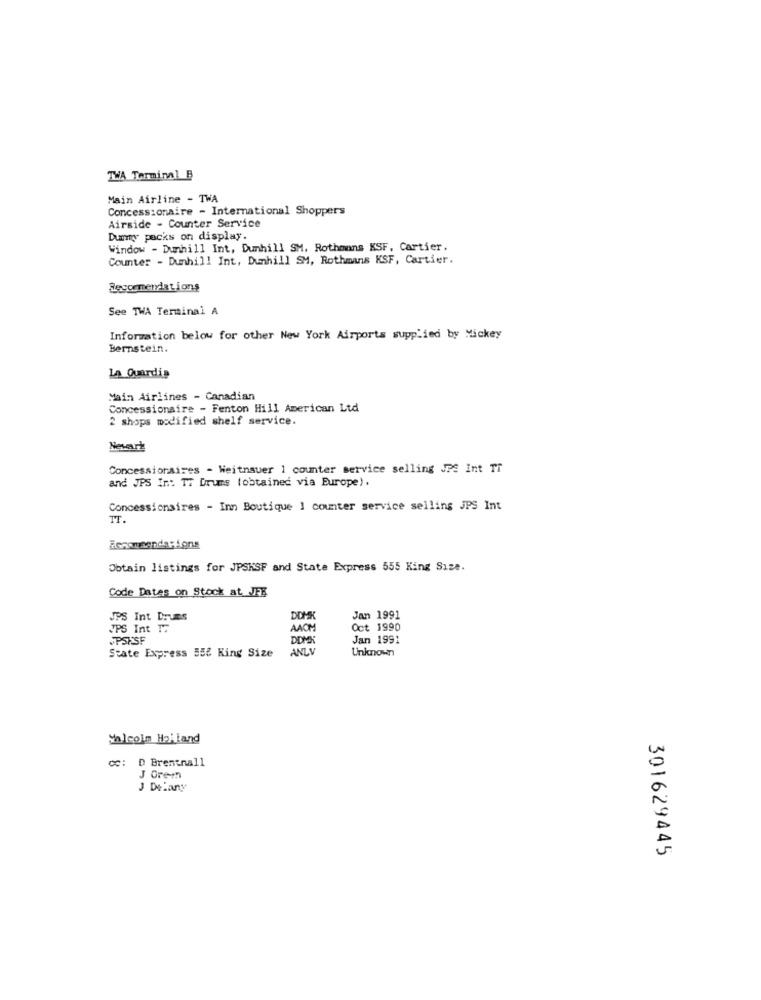
TWA Tarminnl B
Main Airline - TWA
Concessionaire - International Shoppers
Airside - Counter Service
Dummy packs on display.
Window - Dunhill Int, Dunhill SM, Rothmans KSF, Cartier.
Counter - Dunhill Int, Dunhill SM, Rothmans KSF, Cartier.
Recormerla Lions
See TWA Terminal A
Information below for other New York Airports supplied by Mickey
Bernstein.
La Guardia
Main Airlines - Canadian
Concessionaire - Fenton Hill American Ltd
2 shops modified shelf service.
Newark
Concessionaires - Weitnauer 1 counter service selling JPS Int Ti
and JPS Ir .: TT Drums (obtained via Europe).
Concessionaires - Inn Boutique 1 counter service selling JPS Int
IT.
Obtain listings for JPSKSF and State Express 555 King Size.
Code Dates on Stock at JFB
JPS Int Drums
DOHK
Jan 1991
JPS Int T.
AACM
Oct 1990
JPSKSF
DDMX
Jan 1991
State Express 558 King Size
ANLI
Unknown
Malcolm Hailand
CC: D Brentnall
J Gremn
J Delany
301629445